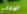
الإيجابي